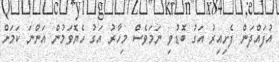
އުފައްދަން ފެށިއިރު އަގު ބޮޑުވި ނަމަވެސް މިހާރު އަގު ހެޔޮވަމުން އަންނަ ކަމަށް